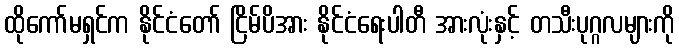
ထိုကော်မရှင်က နိုင်ငံတော် ငြိမ်ပိအား နိုင်ငံရေးပါတီ အားလုံးနှင့် တသီးပုဂ္ဂလများကို